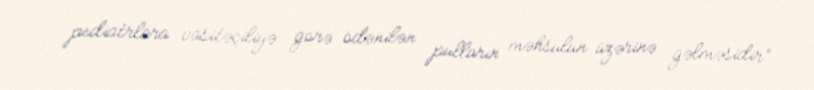
pediatrlara vasitəçiliyə görə ödənilən pulların məhsulun üzərinə gəlməsidir”